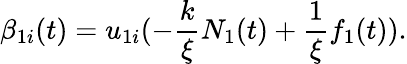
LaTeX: \beta_{1i}(t)=u_{1i}(-\frac{k}{\xi}N_{1}(t)+\frac{1}{\xi}f_{1}(t)).